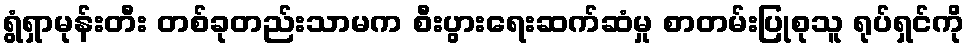
ရွံရှာမုန်းတီး တစ်ခုတည်းသာမက စီးပွားရေးဆက်ဆံမှု စာတမ်းပြုစုသူ ရုပ်ရှင်ကို